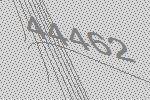
44462